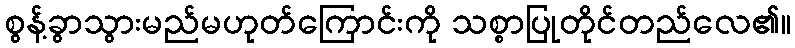
စွန့်ခွာသွားမည်မဟုတ်ကြောင်းကို သစ္စာပြုတိုင်တည်လေ၏။